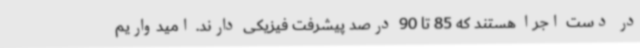
در دست اجرا هستند که 85 تا 90 درصد پیشرفت فیزیکی دارند. امیدواریم